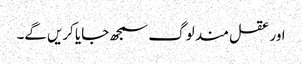
اور عقل مند لوگ سمجھ جایا کریں‌گے۔